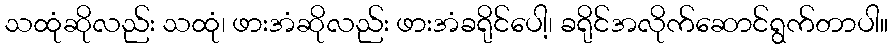
သထုံဆိုလည်း သထုံ၊ ဖားအံဆိုလည်း ဖားအံခရိုင်ပေါ့၊ ခရိုင်အလိုက်ဆောင်ရွက်တာပါ။